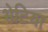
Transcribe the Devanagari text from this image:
भेटिया